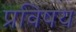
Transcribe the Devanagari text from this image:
प्रविषय